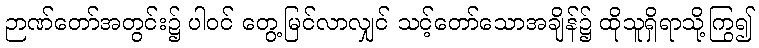
ဉာဏ်တော်အတွင်း၌ ပါဝင် တွေ့မြင်လာလျှင် သင့်တော်သောအချိန်၌ ထိုသူရှိရာသို့ကြွ၍